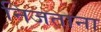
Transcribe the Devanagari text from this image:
निजताना